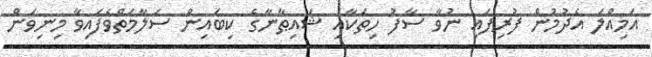
އަމިއްލަ އެދުމުން ފުރިފައި ނުވާ ސާފު ހިތަކާއި ޝައިޠާނާގެ ކިބައިން ސަލާމަތްވެފައިވާ މިނިވަން